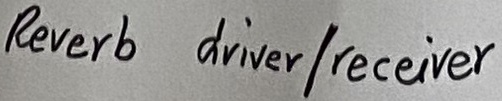
Text: Reverb driver/receiver